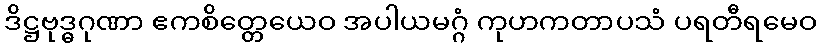
ဒိဋ္ဌဗုဒ္ဓဂုဏာ ဧကစိတ္တေယေဝ အပါယမဂ္ဂံ ကုဟကတာပသံ ပရတီရမေဝ